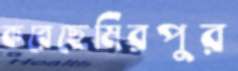
করেছেমিরপুর